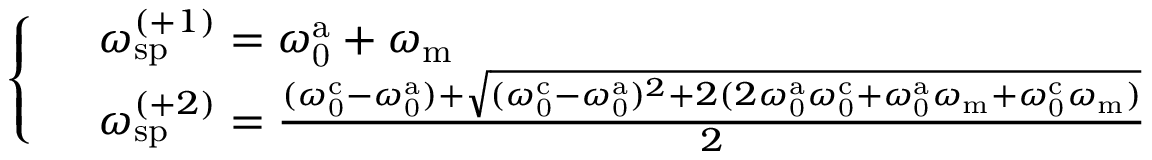
\begin{array} { r l } & { \left\{ \begin{array} { l l } & { \omega _ { \mathrm { s p } } ^ { ( + 1 ) } = \omega _ { \mathrm { 0 } } ^ { \mathrm { a } } + \omega _ { \mathrm { m } } } \\ & { \omega _ { \mathrm { s p } } ^ { ( + 2 ) } = \frac { ( \omega _ { \mathrm { 0 } } ^ { \mathrm { c } } - \omega _ { \mathrm { 0 } } ^ { \mathrm { a } } ) + \sqrt { ( \omega _ { \mathrm { 0 } } ^ { \mathrm { c } } - \omega _ { \mathrm { 0 } } ^ { \mathrm { a } } ) ^ { 2 } + 2 ( 2 \omega _ { \mathrm { 0 } } ^ { \mathrm { a } } \omega _ { \mathrm { 0 } } ^ { \mathrm { c } } + \omega _ { \mathrm { 0 } } ^ { \mathrm { a } } \omega _ { \mathrm { m } } + \omega _ { \mathrm { 0 } } ^ { \mathrm { c } } \omega _ { \mathrm { m } } ) } } { 2 } } \end{array} \right. } \end{array}